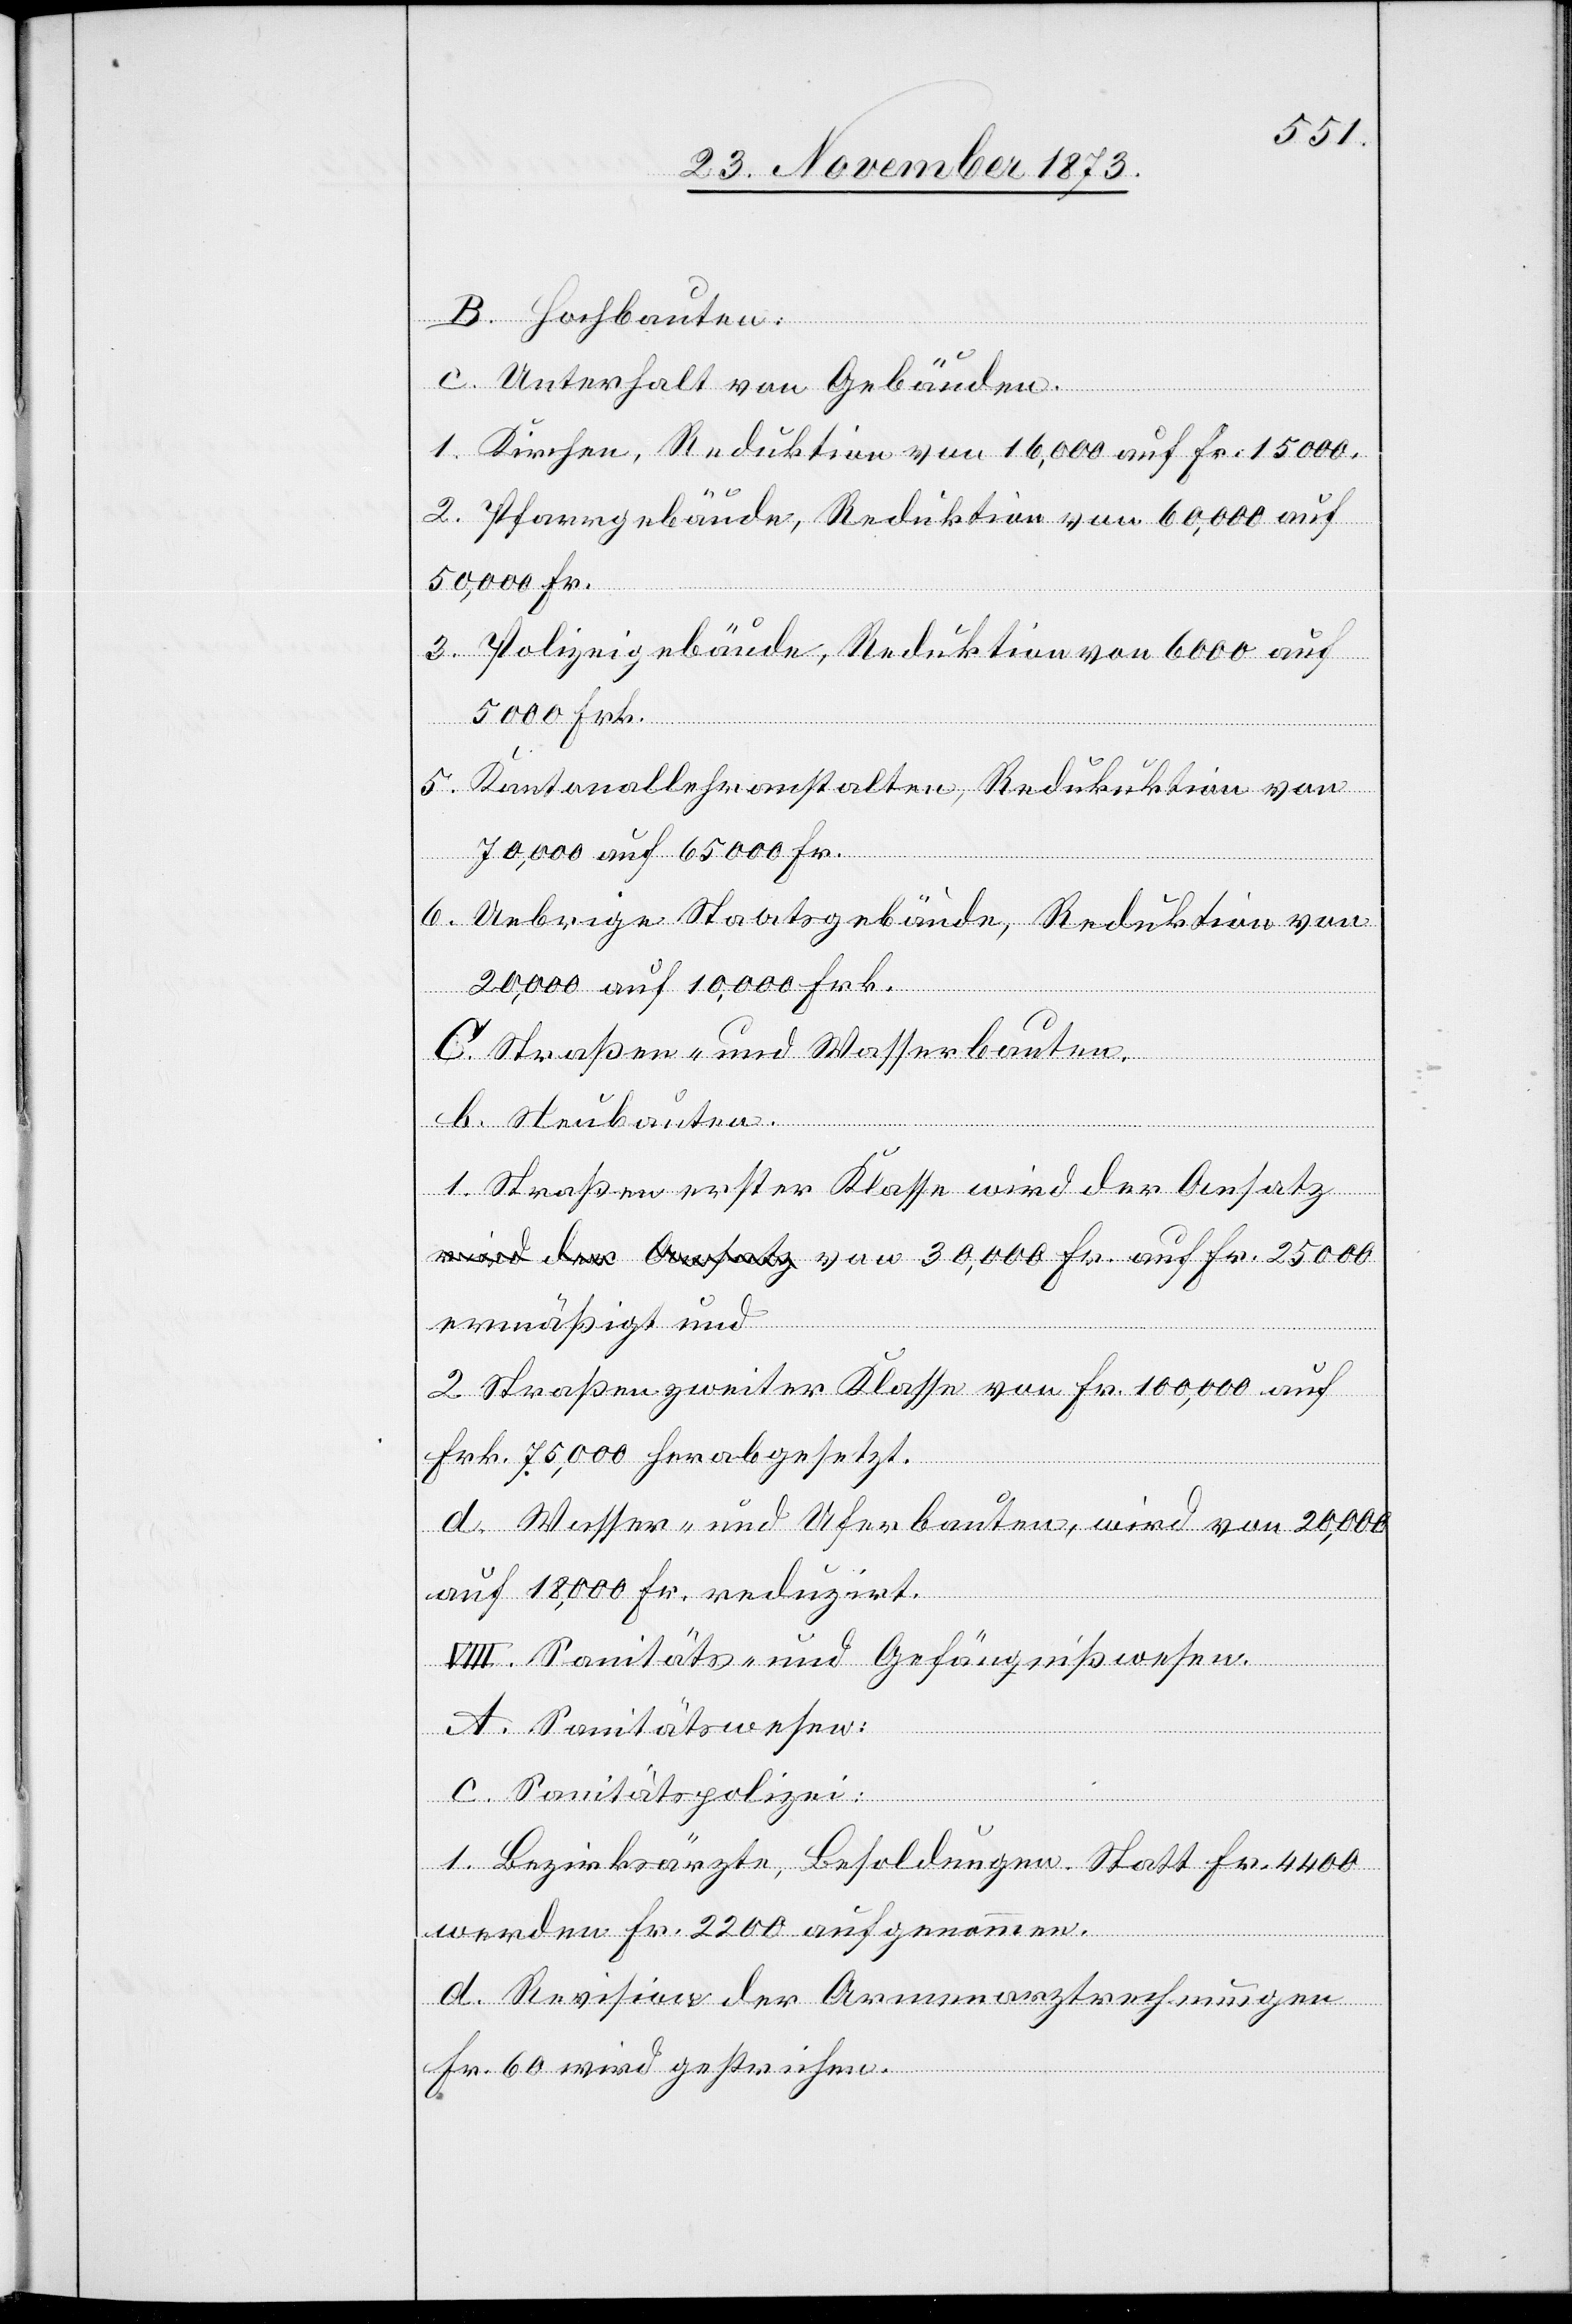
B. Hochbauten.
c. Unterhalt von Gebäuden.
1. Kirchen, Reduktion von 16,000 auf Fr. 15 000.
2. Pfarrgebäude, Reduktion von 60,000 auf
30,000 Fr.
3. Polizeigebäude, Reduktion von 6 000 auf
5 000 Frk.
5. Kantonallehranstalten, Redukuktion
70,000 auf 65 000 Fr.
6. Uebrige Staatsgebäude, Reduktion von
20,000 auf 10,000 Frk.
25
C. Straßen- und Wasserbauten.
b. Neubauten.
1. Straßen erster Klasse wird der Ansatz
ermäßigt und
2. Straßen zweiter Klassen von Fr. 100,000 auf
Frk. 75,000 herabgesetzt.
d. Wasser- und Uferbauten, wird von 20,000
auf 18,000 Fr. reduzirt.
VIII. Sanitäts- und Gefängnißwesen.
A. Sanitätswesen:
c. Sanitätspolizei:
1. Bezirksärzte, Besoldungen. Statt Fr. 4 000
werden Fr. 2 200 aufgenommen.
d. Revision der Armenarztrechnungen
Fr. 60 wird gestrichen.